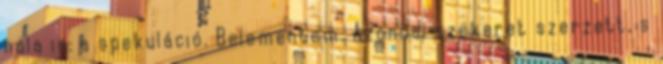
nála is: a spekuláció. Belementem. Azonnal szekeret szerzett, s